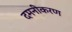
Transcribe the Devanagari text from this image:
दमनीकरण